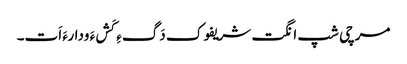
مرچی شپ انگت شریفوک دَگءِ کَشءَ ودارءَ اَت۔